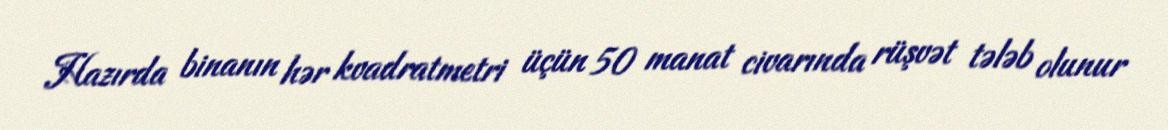
Hazırda binanın hər kvadratmetri üçün 50 manat civarında rüşvət tələb olunur